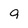
Character: 9